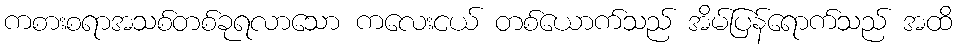
ကစားစရာအသစ်တစ်ခုရလာသော ကလေးငယ် တစ်ယောက်သည် အိမ်ပြန်ရောက်သည် အထိ